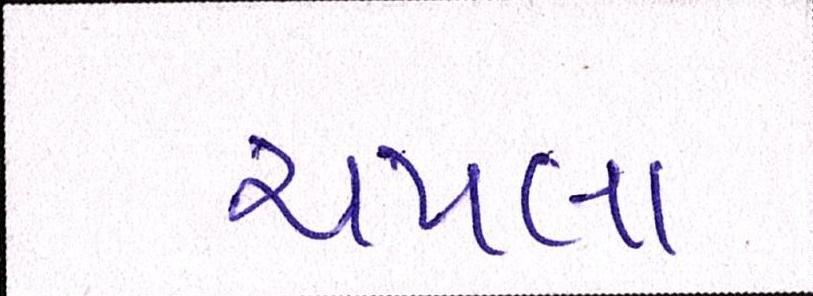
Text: ચપલા